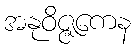
အနုဝိဇ္ဇကေန